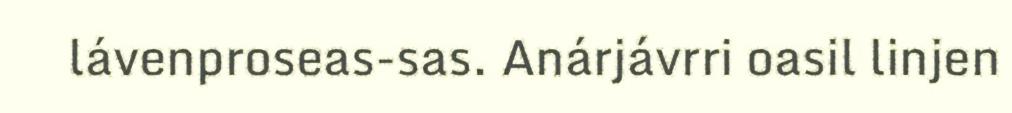
lávenproseas-sas. Anárjávrri oasil linjen